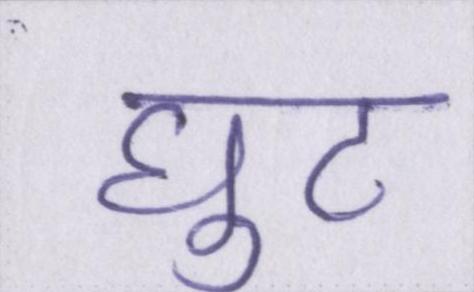
घुट